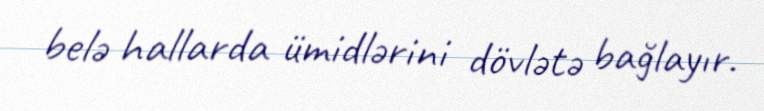
belə hallarda ümidlərini dövlətə bağlayır.